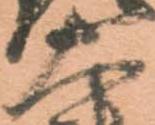
大